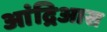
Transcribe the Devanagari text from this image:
आंद्रिआस